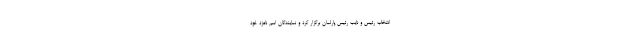
انتخاب رئیس و نایب رئیس پارلمان برگزار کرد و نمایندگان اسم نامزد خود